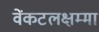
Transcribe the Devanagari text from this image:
वेंकटलक्षम्मा